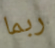
ربما